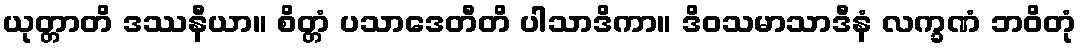
ယုတ္တာတိ ဒဿနီယာ။ စိတ္တံ ပသာဒေတီတိ ပါသာဒိကာ။ ဒိဝသမာသာဒီနံ လက္ခဏံ ဘဝိတုံ